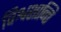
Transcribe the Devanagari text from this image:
विश्वशान्ति